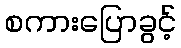
စကားပြောခွင့်